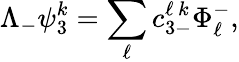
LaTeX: \Lambda_{-}\psi_{3}^{k}=\sum_{\ell}{c_{3-}^{\ell\, k}\Phi_{\ell}^{-}},